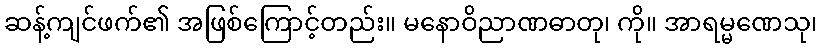
ဆန့်ကျင်ဖက်၏ အဖြစ်ကြောင့်တည်း။ မနောဝိညာဏဓာတု၊ ကို။ အာရမ္မဏေသု၊